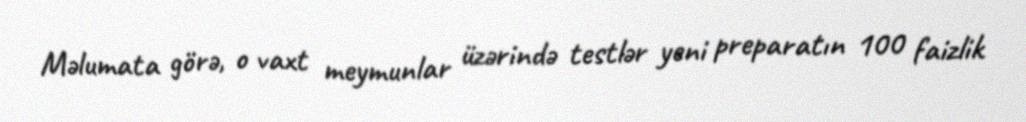
Məlumata görə, o vaxt meymunlar üzərində testlər yeni preparatın 100 faizlik